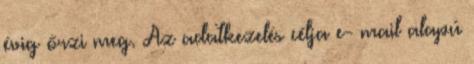
évig őrzi meg. Az adatkezelés célja e- mail alapú